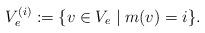
LaTeX: \begin{align*}V_e^{(i)} :=\{v \in V_e \mid m(v) = i\}.\end{align*}